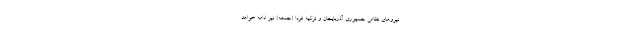
نیروهای نظامی جمهوری آذربایجان و ترکیه فردا (جمعه) نیز ادامه خواهد